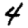
Digit: 4